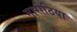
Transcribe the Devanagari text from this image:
मारोठिया